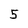
Character: 5